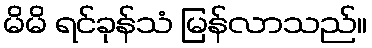
မိမိ ရင်ခုန်သံ မြန်လာသည်။